Report of the King Institute of Preventive Medicine, Guindy
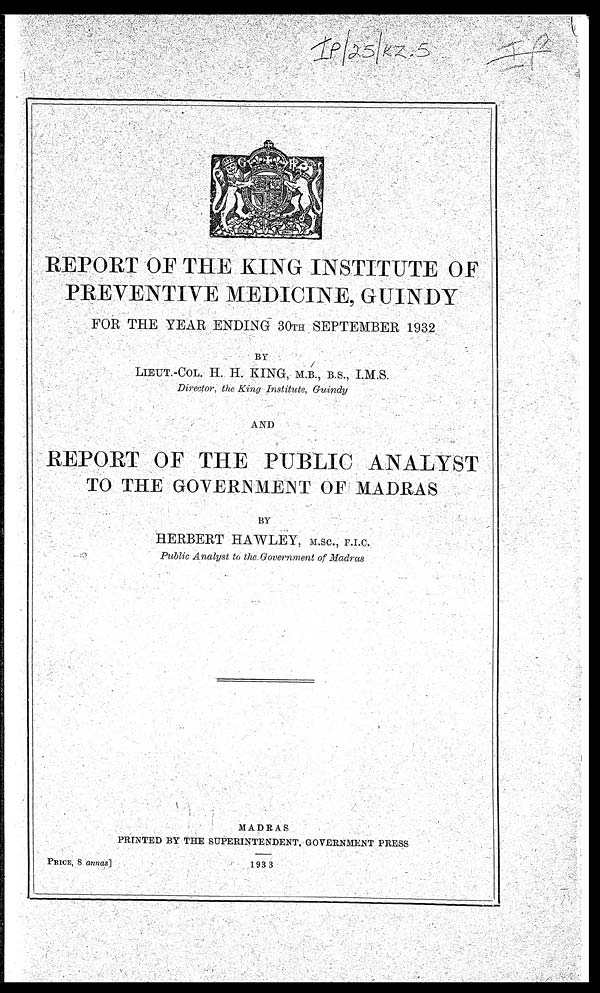
IP/25/KZ.5
REPORT OF THE
KING INSTITUTE OF
PREVENTIVE MEDICINE GUINDY
FOR THE YEAR ENDING 30TH SEPTEMBER 1932
BY
LIEUT.-COL. H. H. KING, M.B., B.S., I.M.S.
Director, the King Institute, Guindy
AND
REPORT OF THE PUBLIC ANALYST
TO THE GOVERNMENT OF MADRAS
BY
HERBERT HAWLEY, M.SC., F.I.C.
Public Analyst to the Government of Madras
MADRAS
PRINTED BY THE SUPERINTENDENT, GOVERNMENT PRESS
PRICE, 8 an nas]
193 3